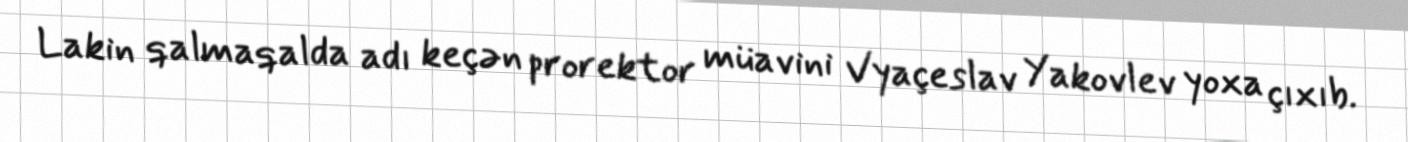
Lakin qalmaqalda adı keçən prorektor müavini Vyaçeslav Yakovlev yoxa çıxıb.